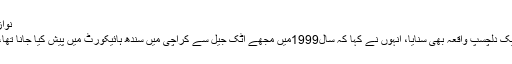
نواز شریف نے عدالت میں ایک دلچسپ واقعہ بھی سنایا
دوران سماعت نوازشریف نےعدالت میں1999 کا ایک دلچسپ واقعہ بھی سنایا، انہوں نے کہا کہ سال1999میں مجھے اٹک جیل سے کراچی میں سندھ ہائیکورٹ میں پیش کیا جانا تھا، جس کیلئے مجھے ایک پرانے جہازمیں بٹھادیا گیا۔